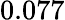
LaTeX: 0.077